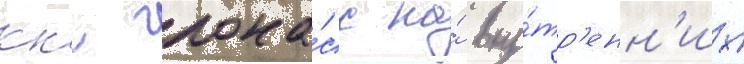
ккс глона́сс на́ вну́тр'енн'их